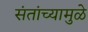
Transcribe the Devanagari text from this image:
संतांच्यामुळे